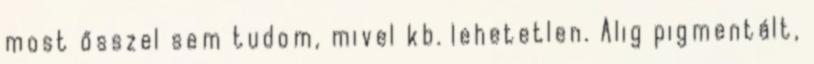
most ősszel sem tudom, mivel kb. lehetetlen. Alig pigmentált,